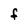
Character: F